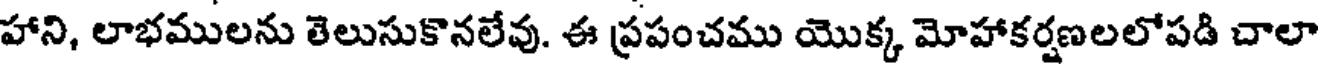
హాని, లాభములను తెలుసుకొనలేవు. ఈ ప్రపంచము యొక్క మోహాకర్షణలలోపడి చాలా